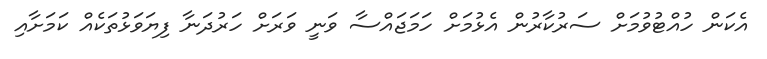
އެކަން ހުއްޓުވުމަށް ސަރުކާރުން އެޅުމަށް ހަމަޖައްސާ ވަނީ ވަރަށް ހަރުދަނާ ފިޔަވަޅުތަކެއް ކަމަށާއި